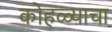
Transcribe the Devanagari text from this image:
कोहळ्याचा